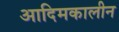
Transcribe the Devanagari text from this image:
आदिमकालीन